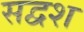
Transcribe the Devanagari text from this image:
सद्वश